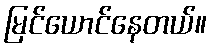
မြင်ယောင်နေတယ်။